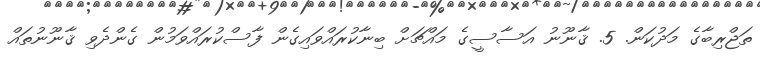
ތަޖްރިބާގެ މަދުކަން. 5. ޤާނޫނު އަސާސީގެ މައްޗަށް ބިނާކުރައްވައިގެން ފާސްކުރައްވަމުން ގެންދެވި ޤާނޫނުތައް